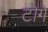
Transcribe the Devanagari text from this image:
टोगे